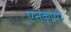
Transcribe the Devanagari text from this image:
एनक्वायर